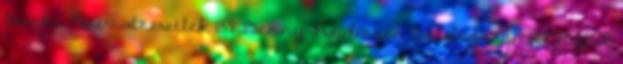
Benkő Péter: Szeretlek 138 Benny Andersen Boldogság 1 BÉNYEI